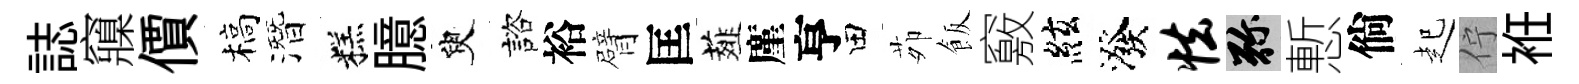
誌䆿價槁潛糕臆臾諮裕臂匡薤廑亨田茆飯竅絃潑怯弥慙倘起佇袵